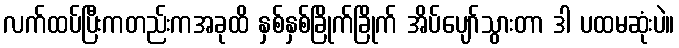
လက်ထပ်ပြီးကတည်းကအခုထိ နှစ်နှစ်ခြိုက်ခြိုက် အိပ်ပျော်သွားတာ ဒါ ပထမဆုံးပဲ။